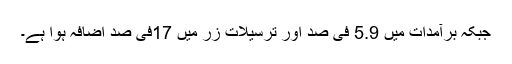
جبکہ برآمدات میں 5.9 فی صد اور ترسیلات زر میں 17فی صد اضافہ ہوا ہے۔